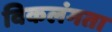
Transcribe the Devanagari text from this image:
विकलंगता